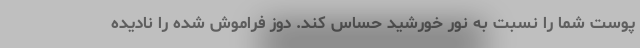
پوست شما را نسبت به نور خورشید حساس کند. دوز فراموش شده را نادیده